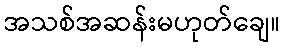
အသစ်အဆန်းမဟုတ်ချေ။